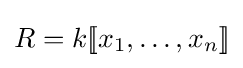
R=k[\![x_{1},\dots ,x_{n}]\!]